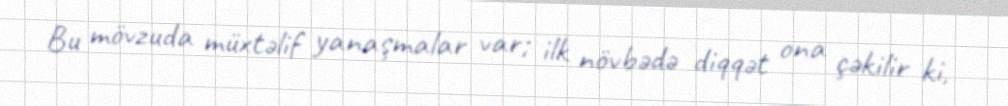
Bu mövzuda müxtəlif yanaşmalar var; ilk növbədə diqqət ona çəkilir ki,